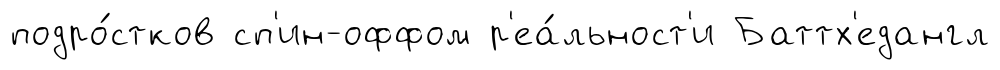
подро́стков сп'ин-оффом р'еа́льност'и Баттх'едангл